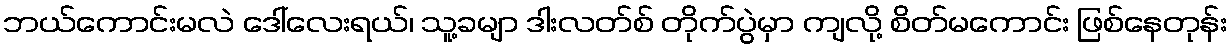
ဘယ်ကောင်းမလဲ ဒေါ်လေးရယ်၊ သူ့ခမျာ ဒါးလတ်စ် တိုက်ပွဲမှာ ကျလို့ စိတ်မကောင်း ဖြစ်နေတုန်း